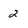
Character: 2